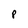
Character: P